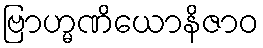
ဗြာဟ္မဏိယောနိဇာဝ